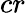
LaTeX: cr